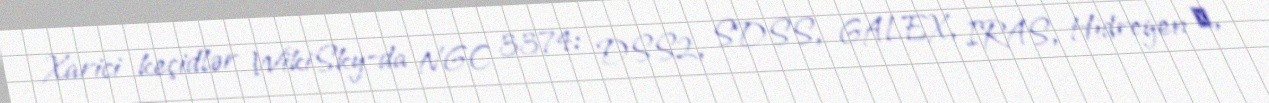
Xarici keçidlər WikiSky-da NGC 3374: DSS2, SDSS, GALEX, IRAS, Hidrogen α,